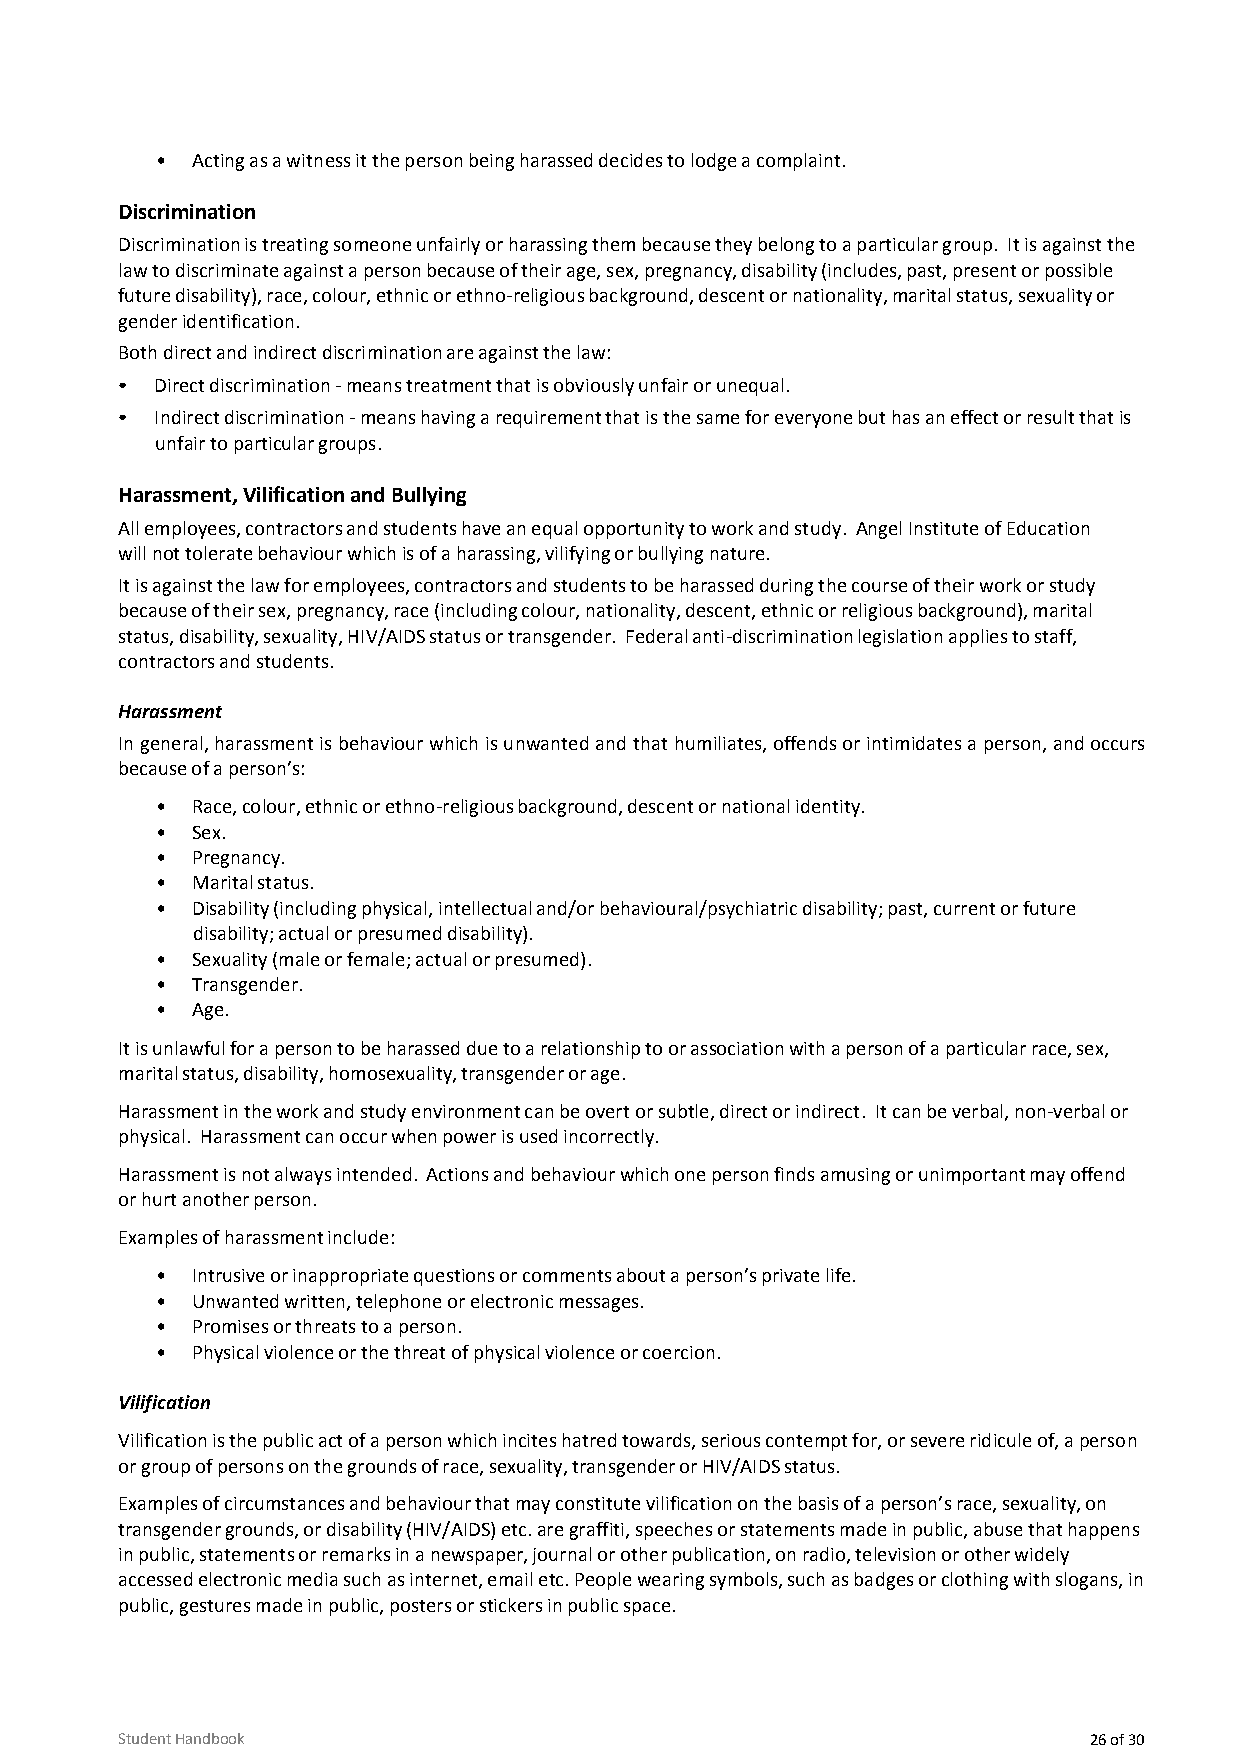
•  Acting as a witness it the person being harassed decides to lodge a complaint.
 Discrimination
 Discrimination is treating someone unfairly or harassing them because they belong to a particular group. It is against the
 law to discriminate against a person because of their age, sex, pregnancy, disability (includes, past, present or possible
 future disability), race, colour, ethnic or ethno-religious background, descent or nationality, marital status, sexuality or
 gender identification.
 Both direct and indirect discrimination are against the law:
 • Direct discrimination - means treatment that is obviously unfair or unequal.
 • Indirect discrimination - means having a requirement that is the same for everyone but has an effect or result that is
 unfair to particular groups.
 Harassment, Vilification and Bullying
 All employees, contractors and students have an equal opportunity to work and study. Angel Institute of Education
 will not tolerate behaviour which is of a harassing, vilifying or bullying nature.
 It is against the law for employees, contractors and students to be harassed during the course of their work or study
 because of their sex, pregnancy, race (including colour, nationality, descent, ethnic or religious background), marital
 status, disability, sexuality, HIV/AIDS status or transgender. Federal anti-discrimination legislation applies to staff,
 contractors and students.
 Harassment
 In general, harassment is behaviour which is unwanted and that humiliates, offends or intimidates a person, and occurs
 because of a person’s:
 •  Race, colour, ethnic or ethno-religious background, descent or national identity.
 •  Sex.
 •  Pregnancy.
 •  Marital status.
 •  Disability (including physical, intellectual and/or behavioural/psychiatric disability; past, current or future
 disability; actual or presumed disability).
 •  Sexuality (male or female; actual or presumed).
 •  Transgender.
 •  Age.
 It is unlawful for a person to be harassed due to a relationship to or association with a person of a particular race, sex,
 marital status, disability, homosexuality, transgender or age.
 Harassment in the work and study environment can be overt or subtle, direct or indirect. It can be verbal, non-verbal or
 physical. Harassment can occur when power is used incorrectly.
 Harassment is not always intended. Actions and behaviour which one person finds amusing or unimportant may offend
 or hurt another person.
 Examples of harassment include:
 •  Intrusive or inappropriate questions or comments about a person’s private life.
 •  Unwanted written, telephone or electronic messages.
 •  Promises or threats to a person.
 •  Physical violence or the threat of physical violence or coercion.
 Vilification
 Vilification is the public act of a person which incites hatred towards, serious contempt for, or severe ridicule of, a perso n
 or group of persons on the grounds of race, sexuality, transgender or HIV/AIDS status.
 Examples of circumstances and behaviour that may constitute vilification on the basis of a person’s race, sexuality, on
 transgender grounds, or disability (HIV/AIDS) etc. are graffiti, speeches or statements made in public, abuse that happens
 in public, statements or remarks in a newspaper, journal or other publication, on radio, television or other widely
 accessed electronic media such as internet, email etc. People wearing symbols, such as badges or clothing with slogans, in
 public, gestures made in public, posters or stickers in public space.
 Student Handbook                                                26 of 30